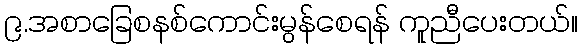
၉.အစာခြေစနစ်ကောင်းမွန်စေရန် ကူညီပေးတယ်။